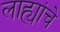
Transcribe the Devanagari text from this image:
लाह्यांचे